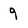
Character: 9